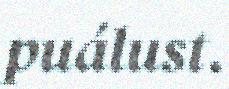
puálust.